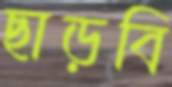
ছাড়বি